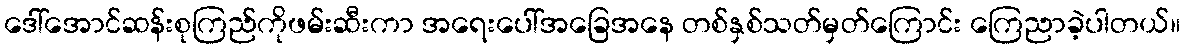
ဒေါ်အောင်ဆန်းစုကြည်ကိုဖမ်းဆီးကာ အရေးပေါ်အခြေအနေ တစ်နှစ်သတ်မှတ်ကြောင်း ကြေညာခဲ့ပါတယ်။